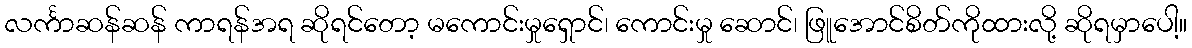
လင်္ကာဆန်ဆန် ကာရန်အရ ဆိုရင်တော့ မကောင်းမှုရှောင်၊ ကောင်းမှု ဆောင်၊ ဖြူအောင်စိတ်ကိုထားလို့ ဆိုရမှာပေါ့။